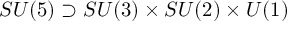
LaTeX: S U ( 5 ) \supset S U ( 3 ) \times S U ( 2 ) \times U ( 1 )